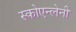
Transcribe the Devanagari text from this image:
स्कोएन्लेनी